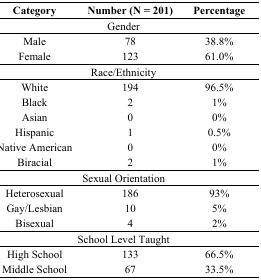
<table><thead><tr><td><b>Category</b></td><td><b>Number (N = 201)</b></td><td><b>Percentage</b></td></tr></thead><tbody><tr><td colspan="3">Gender</td></tr><tr><td>Male</td><td>78</td><td>38.8%</td></tr><tr><td>Female</td><td>123</td><td>61.0%</td></tr><tr><td colspan="3">Race/Ethnicity</td></tr><tr><td>White</td><td>194</td><td>96.5%</td></tr><tr><td>Black</td><td>2</td><td>1%</td></tr><tr><td>Asian</td><td>0</td><td>0%</td></tr><tr><td>Hispanic</td><td>1</td><td>0.5%</td></tr><tr><td>Native American</td><td>0</td><td>0%</td></tr><tr><td>Biracial</td><td>2</td><td>1%</td></tr><tr><td colspan="3">Sexual Orientation</td></tr><tr><td>Heterosexual</td><td>186</td><td>93%</td></tr><tr><td>Gay/Lesbian</td><td>10</td><td>5%</td></tr><tr><td>Bisexual</td><td>4</td><td>2%</td></tr><tr><td colspan="3">School Level Taught</td></tr><tr><td>High School</td><td>133</td><td>66.5%</td></tr><tr><td>Middle School</td><td>67</td><td>33.5%</td></tr></tbody></table>